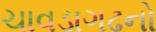
ચાવડાગઢનો